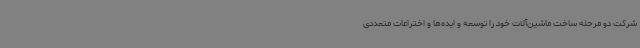
شرکت دو مرحله ساخت ماشین‌آلات خود را توسعه و ایده‌ها و اختراعات متعددی